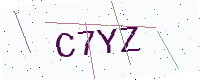
Text: C7YZ